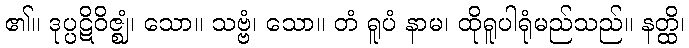
၏။ ဒုပ္ပဋိဝိဇ္ဈံ၊ သော။ သဗ္ဗံ၊ သော။ တံ ရူပံ နာမ၊ ထိုရူပါရုံမည်သည်။ နတ္ထိ၊